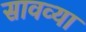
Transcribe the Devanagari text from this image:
सावव्या